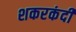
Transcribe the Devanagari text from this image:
शकरकंदी